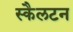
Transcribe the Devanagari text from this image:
स्कैलटन